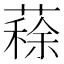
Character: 𦺪